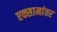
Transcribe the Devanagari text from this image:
एक्सामांतर